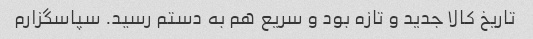
تاریخ کالا جدید و تازه بود و سریع هم به دستم رسید. سپاسگزارم